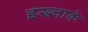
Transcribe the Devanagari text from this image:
इख्लाके